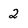
Character: 2